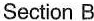
Section B